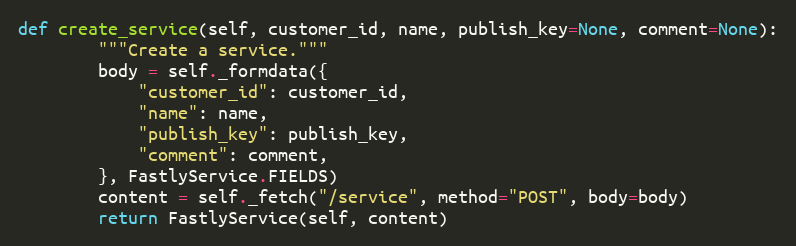
Language: Python
def create_service(self, customer_id, name, publish_key=None, comment=None):
		"""Create a service."""
		body = self._formdata({
			"customer_id": customer_id,
			"name": name,
			"publish_key": publish_key,
			"comment": comment,
		}, FastlyService.FIELDS)
		content = self._fetch("/service", method="POST", body=body)
		return FastlyService(self, content)